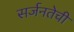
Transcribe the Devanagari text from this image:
सर्जनतेची